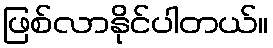
ဖြစ်လာနိုင်ပါတယ်။